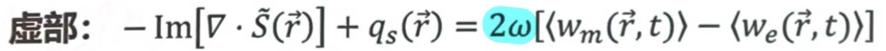
虚部： $-\mathrm{Im}[\nabla \cdot \tilde{S}(\vec{r})]+q_s(\vec{r}) = 2\omega[\langle w_m(\vec{r},t)\rangle - \langle w_e(\vec{r},t)\rangle]$